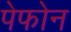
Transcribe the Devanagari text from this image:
पेफोन